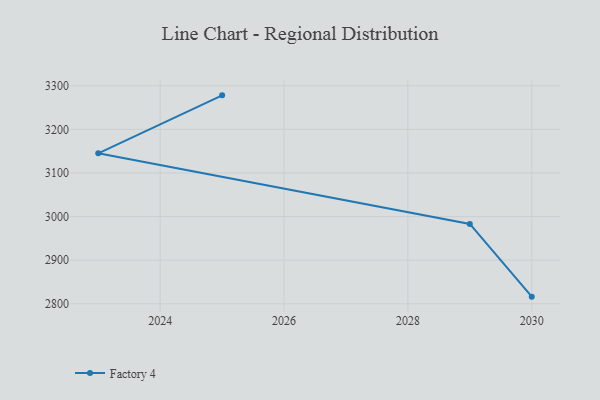
{"axis": {"x": "Year", "y": "Satisfaction Score"}, "legend": ["Factory 4"], "data": [{"x": "2030", "y": 2816.4, "type": "Factory 4"}, {"x": "2029", "y": 2983.2, "type": "Factory 4"}, {"x": "2023", "y": 3145.0, "type": "Factory 4"}, {"x": "2025", "y": 3278.0, "type": "Factory 4"}]}